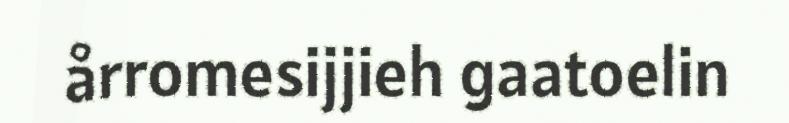
årromesijjieh gaatoelin